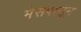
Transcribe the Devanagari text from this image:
मेसपासून